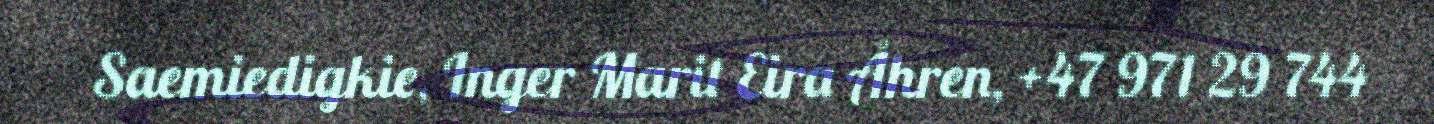
Saemiedigkie, Inger Marit Eira Åhren, +47 971 29 744